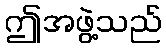
ဤအဖွဲ့သည်